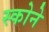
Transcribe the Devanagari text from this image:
स्कोने